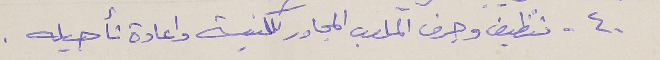
٤٠ - تنظيف وجرف الملعب المجاور للكنيسة واعادة تأهيله .